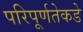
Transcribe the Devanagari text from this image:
परिपूर्णतेकडे